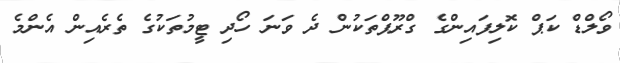
ވޯލްޑް ކަޕް ކޮލިފައިންގެ ގްރޫޕްތަކުން ދެ ވަނަ ހޯދި ޓީމުތަކުގެ ތެރެއިން އެންމެ